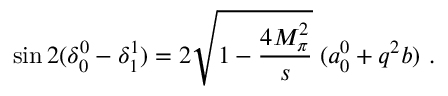
\sin { 2 ( \delta _ { 0 } ^ { 0 } - \delta _ { 1 } ^ { 1 } ) } = 2 \sqrt { 1 - \displaystyle \frac { 4 M _ { \pi } ^ { 2 } } { s } } \; ( a _ { 0 } ^ { 0 } + q ^ { 2 } b ) ~ .